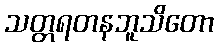
သတ္တရတနဘူသိတော